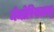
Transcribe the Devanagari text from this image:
मेमोरियलस्